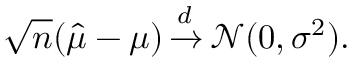
{ \sqrt { n } } ( { \hat { \mu } } - \mu ) \, { \xrightarrow { d } } \, { \mathcal { N } } ( 0 , \sigma ^ { 2 } ) .